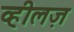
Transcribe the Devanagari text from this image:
व्हीलज़